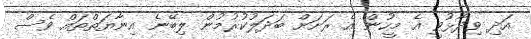
އަދި ވިދާޅުވީ އެ މީހުން އެ ރަށަށް ބަދަލުކުރުމުން ލިބޭނެ އިނާޔަތްތައް ވެސް